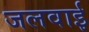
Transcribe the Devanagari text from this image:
जलवाई